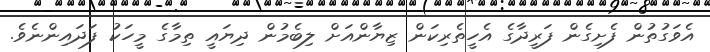
އެވަގުތުން ފެށިގެން ފަރީދާގެ އެހީތެރިކަން ޒިޔާންއަށް ލިބެމުން ދިޔައީ ތިމާގެ މީހަކު ފަދައިންނެވެ.